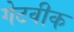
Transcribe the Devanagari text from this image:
गेटवीक